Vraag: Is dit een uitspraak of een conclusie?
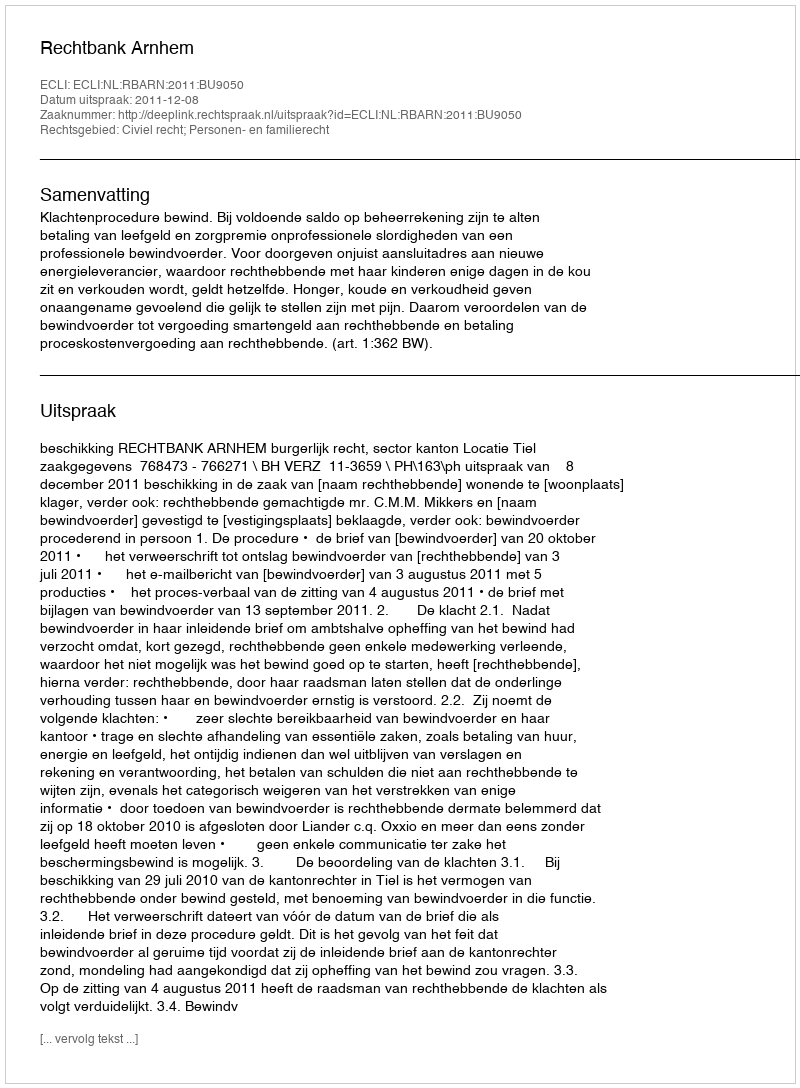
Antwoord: Uitspraak